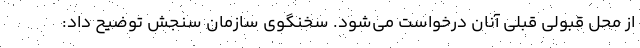
از محل قبولی قبلی آنان درخواست می‌شود. سخنگوی سازمان سنجش توضیح داد: